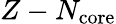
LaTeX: Z-N_{\mathrm{core}}